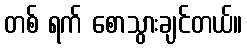
တစ် ရက် စောသွားချင်တယ်။